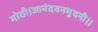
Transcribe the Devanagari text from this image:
मोठी।आनंदवनभुवनी।।